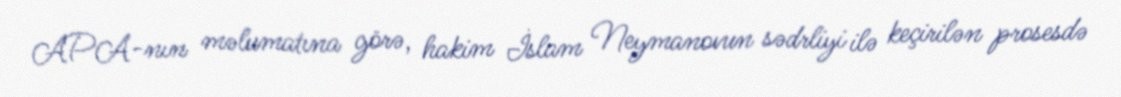
APA-nın məlumatına görə, hakim İslam Neymanovun sədrliyi ilə keçirilən prosesdə